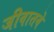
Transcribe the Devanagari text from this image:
जीवातवे